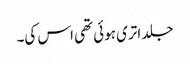
جلد اتری ہوئی تھی اس کی۔